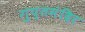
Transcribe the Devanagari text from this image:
गुप्तमंदिर